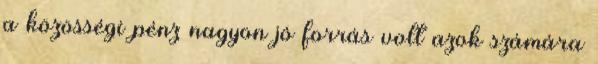
a közösségi pénz nagyon jó forrás volt azok számára